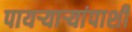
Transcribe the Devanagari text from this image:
पायर्‍यार्‍यांपाशी